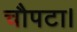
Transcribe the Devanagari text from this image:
चौपटा।